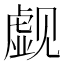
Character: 觑